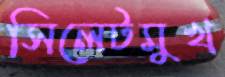
সিলেটমুখ